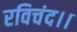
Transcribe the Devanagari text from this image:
रविचंद।।